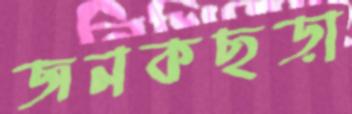
জনকছড়া